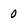
Character: 0